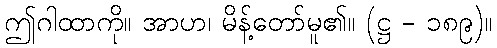
ဤဂါထာကို။ အာဟ၊ မိန့်တော်မူ၏။ (ဋ္ဌ - ၁၈၉)။